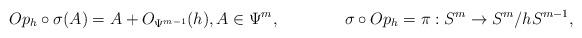
LaTeX: \begin{gather*} Op_h\circ \sigma (A)=A+O_{\Psi^{m-1}}(h),A\in \Psi^m,\qquad\qquad\sigma \circ Op_h=\pi : S^m\to S^m/hS^{m-1}, \end{gather*}